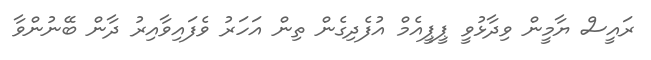
ރައީސް ޔާމީން ވިދާޅުވީ ޕީޕީއެމް އުފެދިގެން ތިން އަހަރު ވެފައިވާއިރު ދާން ބޭނުންވާ